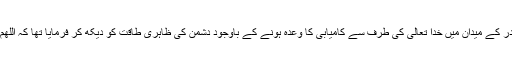
یہ اسی قسم کی دعا تھی جیسا کہ آپؐ نے بدر کے میدان میں خدا تعالیٰ کی طرف سے کامیابی کا وعدہ ہونے کے باوجود دشمن کی ظاہری طاقت کو دیکھ کر فرمایا تھا کہ اَللّٰھُمَّ اِنْ تَھْلِکَ ھٰذِہِ الْعِصَابَۃَ لَا تُعْبَدُ فِی الْاَرْضِ۔